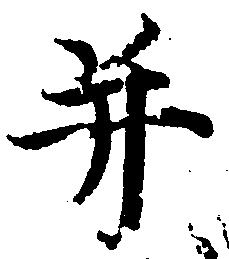
并